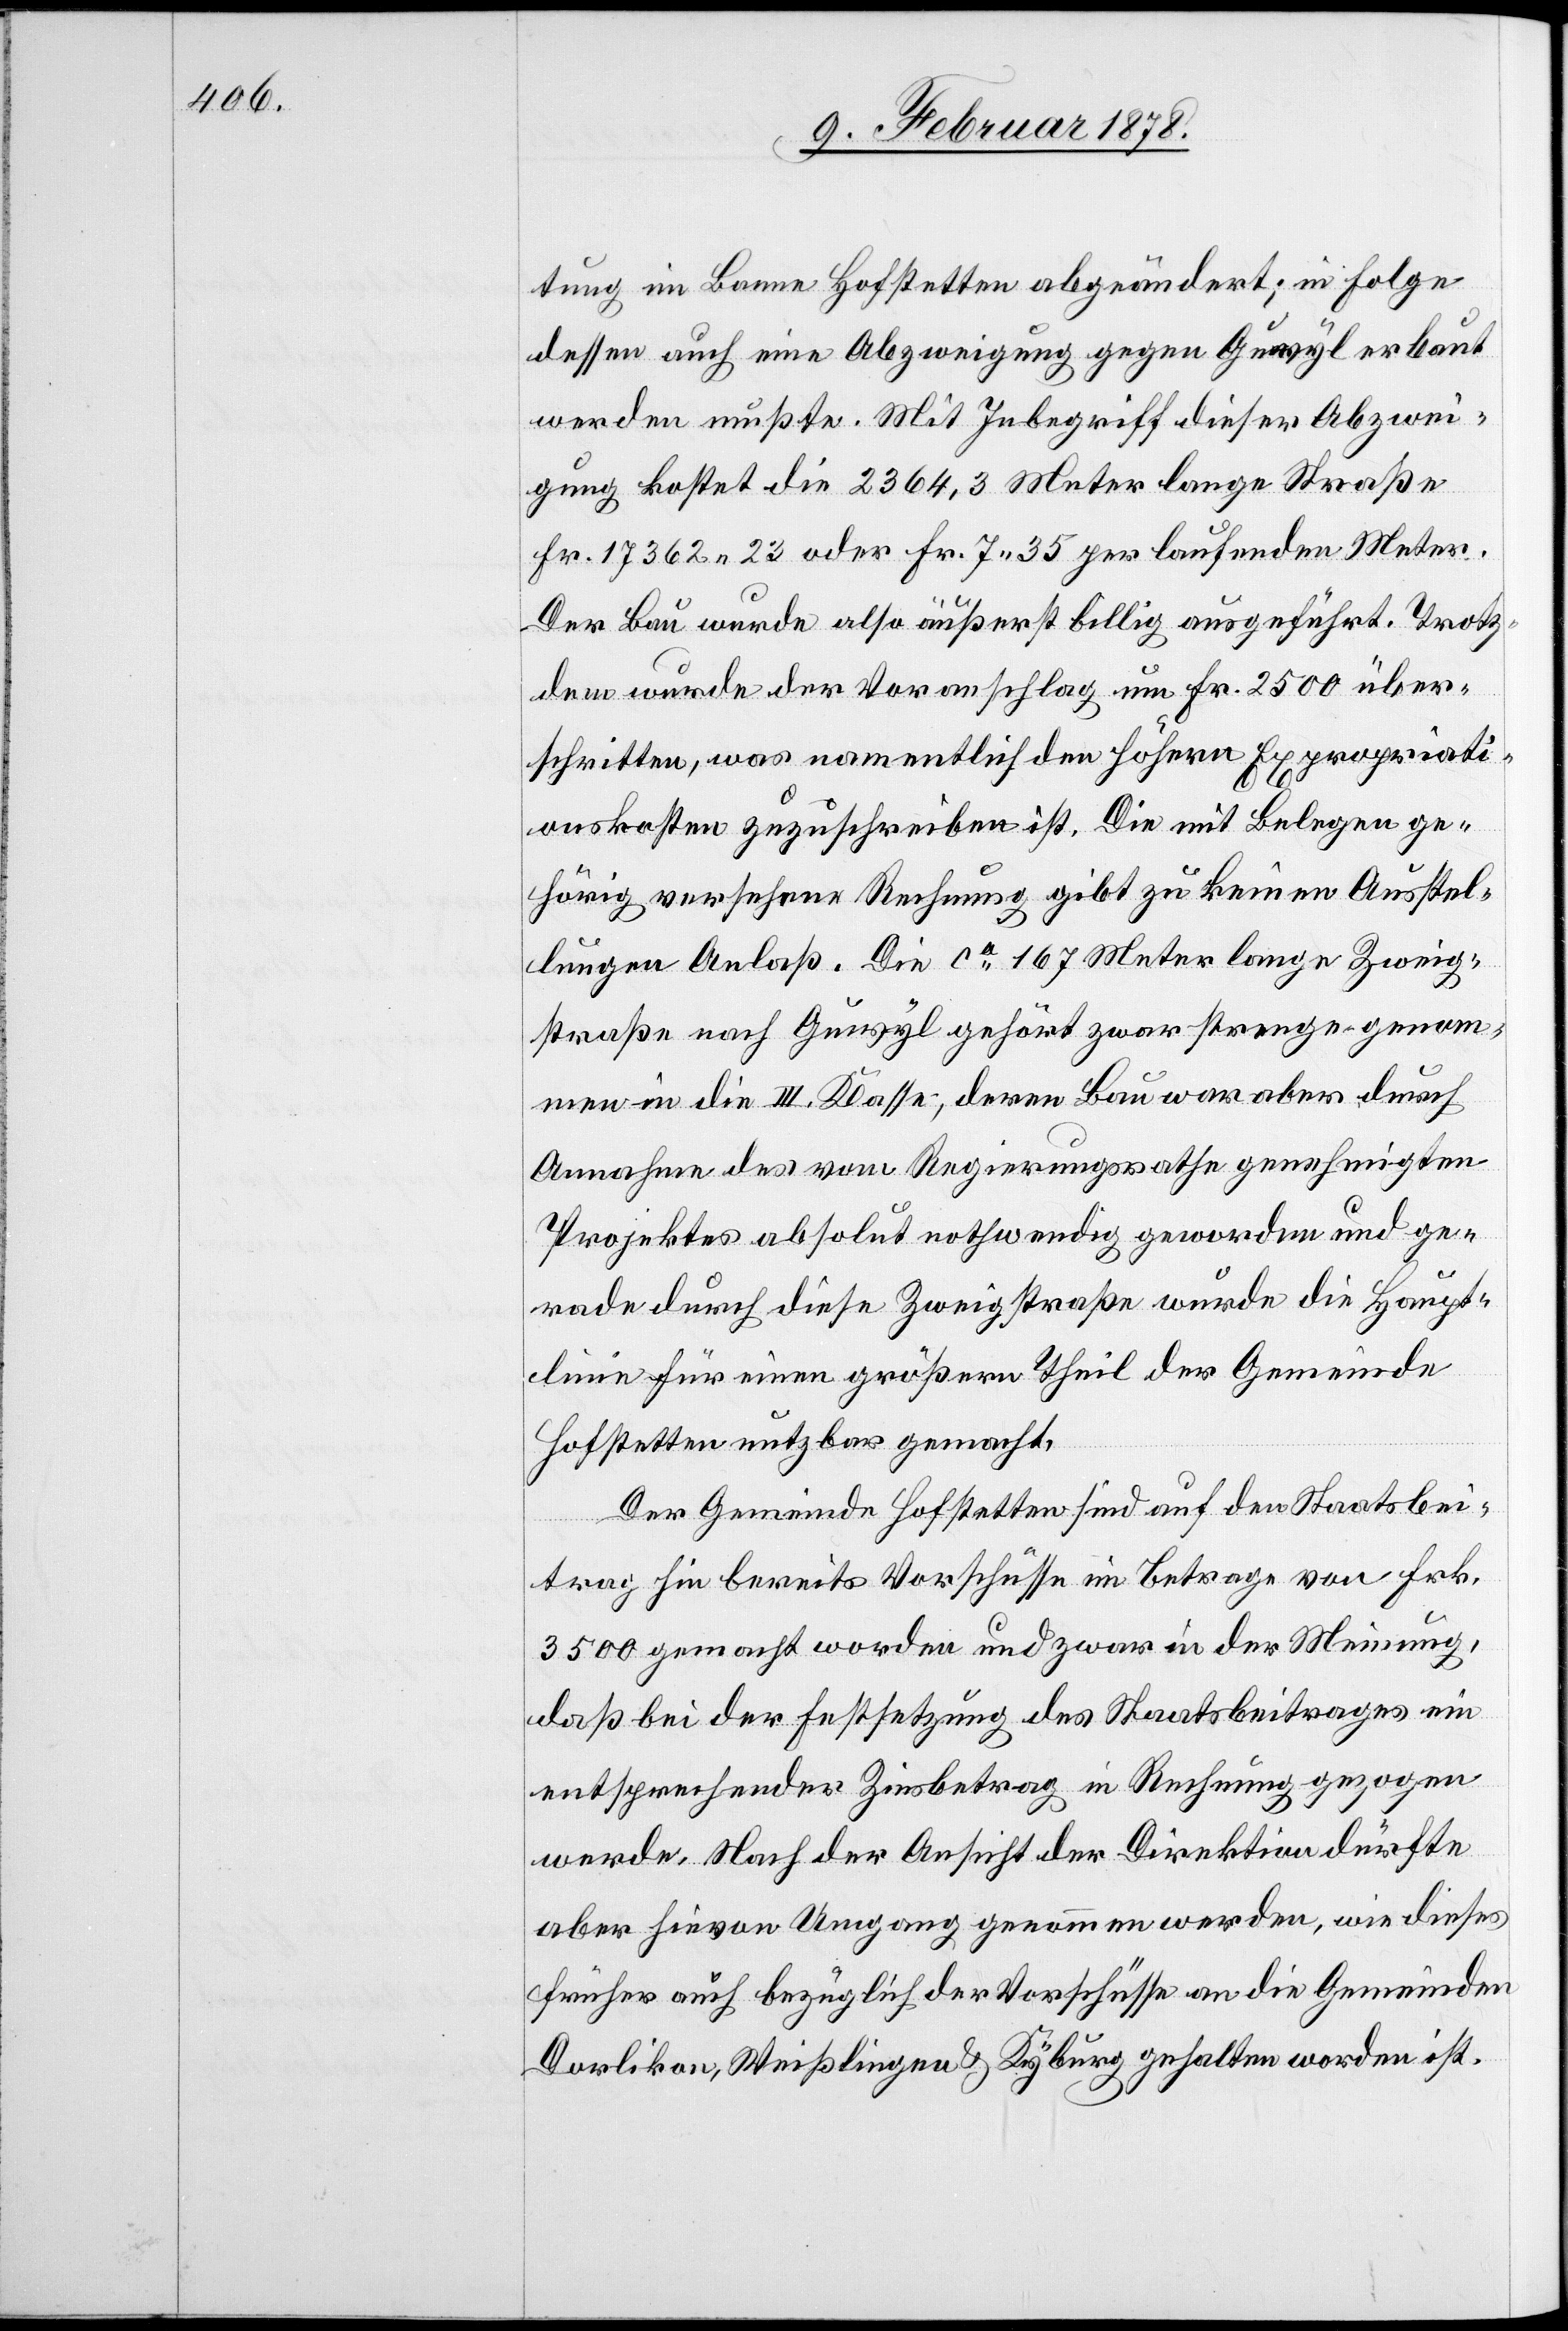
tung im Banne Hofstetten abgeändert; in Folge
dessen auch eine Abzweigung gegen Guwyl erbaut
werden musste. Mit Inbegriff dieser Abzwei¬
gung kostet die 2364, 3 Meter lange Straße
Fr. 17362. 23 oder Fr. 7. 35 per laufenden Meter.
Der Bau wurde also äußerst billig ausgeführt. Trotz¬
dem wurde der Voranschlag um Fr. 2500 über¬
schritten, was namentlich den höhern Expropriati¬
onskosten zuzuschreiben ist. Die mit Belegen ge¬
hörig versehene Rechnung gibt zu keinen Ausstel¬
lungen Anlaß. Die ca. 167 Meter lange Zweig¬
straße nach Guwyl gehört zwar strenge genom¬
men in die III. Klasse, deren Bau war aber durch
Annahme des vom Regierungsrathe genehmigten
Projektes absolut nothwendig geworden und ge¬
rade durch diese Zweigstraße wurde die Haupt¬
linie für einen größern Theil der Gemeinde
Hofstetten nutzbar gemacht.
Der Gemeinde Hofstetten sind auf den Staatsbei¬
trag hin breite Vorschüsse im Betrage von Frk.
3500 gemacht worden und zwar in der Meinung,
daß bei der Festsetzung des Staatsbeitrages ein
entsprechender Zinsbetrag in Rechnung gezogen
werde. Nach der Ansicht der Direktion dürfte
aber hievon Umgang genommen werden, wie dieses
früher auch bezüglich der Vorschüsse an die Gemeinden
Dorlikon, Weißlingen & Kyburg gehalten worden ist.